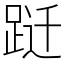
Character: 跹